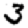
Digit: 3